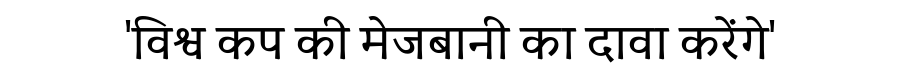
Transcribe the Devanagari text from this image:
'विश्व कप की मेजबानी का दावा करेंगे'